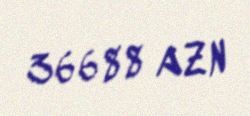
36688 AZN